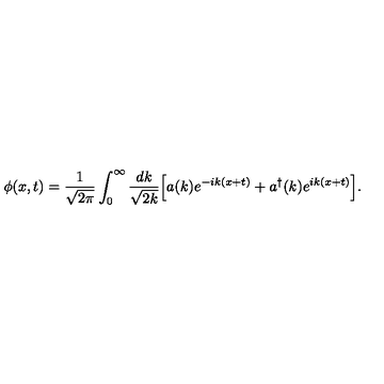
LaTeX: \phi ( x , t ) = \frac { 1 } { \sqrt { 2 \pi } } \int _ { 0 } ^ { \infty } \frac { d k } { \sqrt { 2 k } } \Bigl [ a ( k ) e ^ { - i k ( x + t ) } + a ^ { \dagger } ( k ) e ^ { i k ( x + t ) } \Bigr ] .